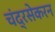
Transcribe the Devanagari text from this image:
चंद्रसेकरन